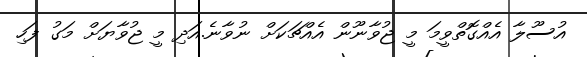
އުސޫލާ އެއްގޮތްވީމަ މީ ޖުވާނޫން އެއްޗަކަށް ނުވާނެ.އަދި މީ ޖުވާޔަށް މަގު ފަހި